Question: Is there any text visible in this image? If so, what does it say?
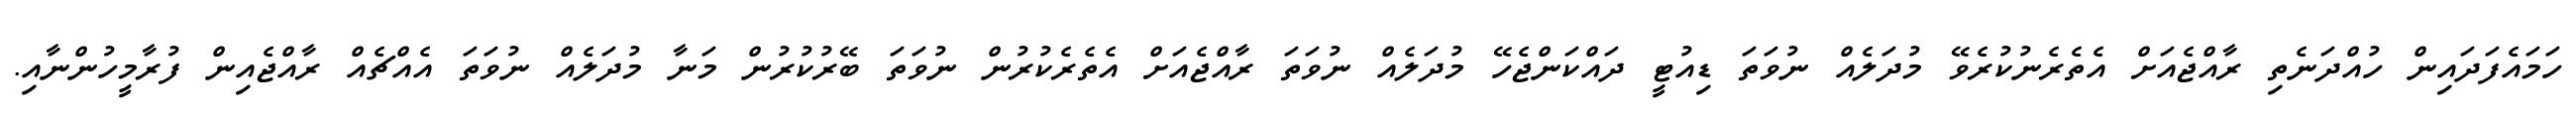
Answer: ހަމައެފަދައިން ހުއްދަނެތި ރާއްޖެއަށް އެތެރެނުކުރެވޭ މުދަލެއް ނުވަތަ ޑިއުޓީ ދައްކަންޖެހޭ މުދަލެއް ނުވަތަ ރާއްޖެއަށް އެތެރެކުރުން ނުވަތަ ބޭރުކުރުން މަނާ މުދަލެއް ނުވަތަ އެއްޗެއް ރާއްޖެއިން ފުރާމީހުންނާއި.